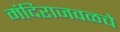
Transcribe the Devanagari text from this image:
मंदिराजवळचे